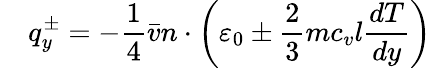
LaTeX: \quad q_{y}^{\pm}=-{\frac{1}{4}}{\bar{v}}n\cdot\left(\varepsilon_{0}\pm{\frac{2}{3}}mc_{v}l{\frac{dT}{dy}}\right)